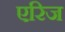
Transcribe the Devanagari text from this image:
एरिज